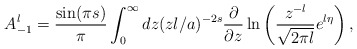
\begin{align*}A_{-1}^{l}={\sin(\pi s)\over \pi}\int_{0}^{\infty}dz (zl/a)^{-2s}{\partial \over \partial z}\ln \left({z^{-l}\over \sqrt{2\pi l}}e^{l\eta}\right) ,\end{align*}